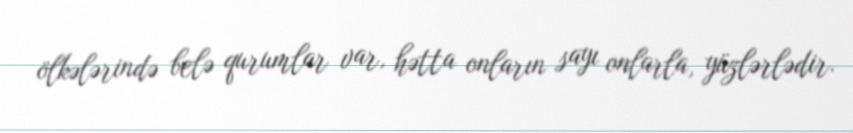
ölkələrində belə qurumlar var, hətta onların sayı onlarla, yüzlərlədir.